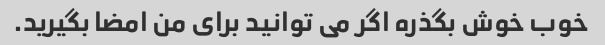
خوب خوش بگذره اگر می توانید برای من امضا بگیرید.